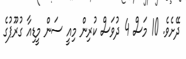
ދޭށެވެ. 10 މަސް 4 ދުވަސް ކުރިން މިއީ ސަން މީޑިއާ ގުރޫޕުގެ